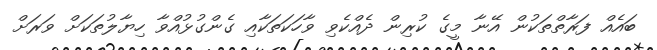
ބައެއް ފަރާތްތަކުން އޭނާ މީގެ ކުރިން ދެއްކެވި ވާހަކަތަކާއި ގެންގުޅުއްވާ ހިޔާލުތަކަށް ވަރަށް